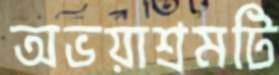
অভয়াশ্রমটি